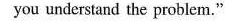
you understand the problem,"